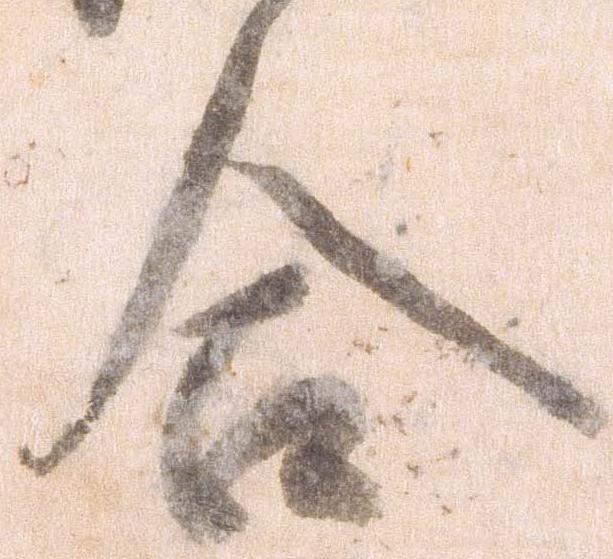
合